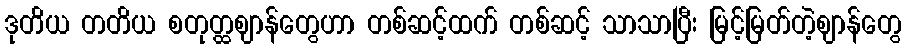
ဒုတိယ တတိယ စတုတ္ထဈာန်တွေဟာ တစ်ဆင့်ထက် တစ်ဆင့် သာသာပြီး မြင့်မြတ်တဲ့ဈာန်တွေ